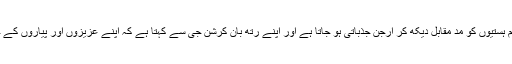
اپنے دادا، چچا، استاد اور دیگر قابلِ احترام ہستیوں کو مدِّ مقابل دیکھ کر ارجن جذباتی ہو جاتا ہے اور اپنے رتھ بان کرشن جی سے کہتا ہے کہ اپنے عزیزوں اور پیاروں کے خون سے ہم ہاتھ کیسے رنگ سکتے ہیں۔